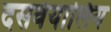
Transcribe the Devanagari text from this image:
दसवेयालिय